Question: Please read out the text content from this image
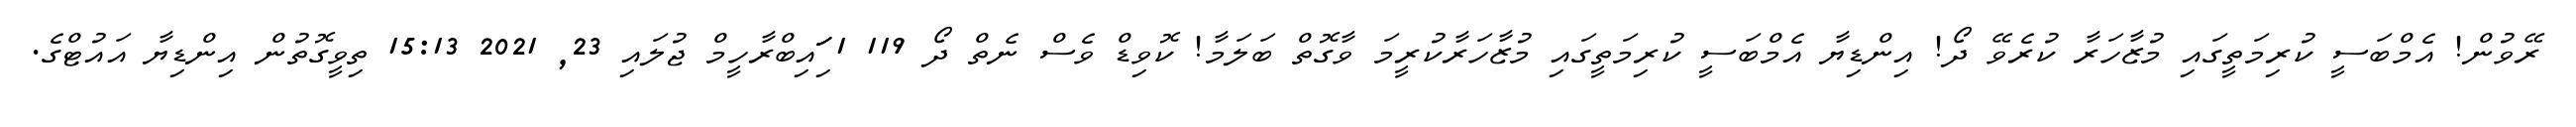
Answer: ރޭވުން! އެމްބަސީ ކުރިމަތީގައި މުޒާހަރާ ކުރެވޭ ދޯ! އިންޑިޔާ އެމްބަސީ ކުރިމަތީގައި މުޒާހަރާކުރީމަ ވާގޮތް ބަލަމާ! ކޮވިޑް ވެސް ނެތް ދޯ 119 1 ަިަަައިބްރާހީމް ޖުލައި 23, 2021 15:13 ތިވީގޮތުން އިންޑިޔާ އައުޓްގެ.